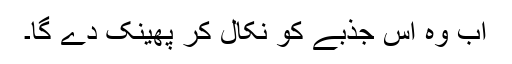
اب وہ اس جذبے کو نکال کر پھینک دے گا۔